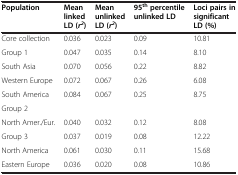
<table><thead><tr><td><b>Population</b></td><td><b>Mean linked LD (<i>r</i><sup><i>2</i></sup>)</b></td><td><b>Mean unlinked LD (<i>r</i><sup><i>2</i></sup>)</b></td><td><b>95<sup>th </sup>percentile unlinked LD</b></td><td><b>Loci pairs in significant LD (%)</b></td></tr></thead><tbody><tr><td>Core collection</td><td>0.036</td><td>0.023</td><td>0.09</td><td>10.81</td></tr><tr><td>Group 1</td><td>0.047</td><td>0.035</td><td>0.14</td><td>8.10</td></tr><tr><td>South Asia</td><td>0.070</td><td>0.056</td><td>0.22</td><td>8.82</td></tr><tr><td>Western Europe</td><td>0.072</td><td>0.067</td><td>0.26</td><td>6.08</td></tr><tr><td>South America</td><td>0.084</td><td>0.067</td><td>0.25</td><td>8.75</td></tr><tr><td>Group 2</td><td> </td><td> </td><td> </td><td> </td></tr><tr><td>North Amer./Eur.</td><td>0.040</td><td>0.032</td><td>0.12</td><td>8.08</td></tr><tr><td>Group 3</td><td>0.037</td><td>0.019</td><td>0.08</td><td>12.22</td></tr><tr><td>North America</td><td>0.061</td><td>0.030</td><td>0.11</td><td>15.68</td></tr><tr><td>Eastern Europe</td><td>0.036</td><td>0.020</td><td>0.08</td><td>10.86</td></tr></tbody></table>